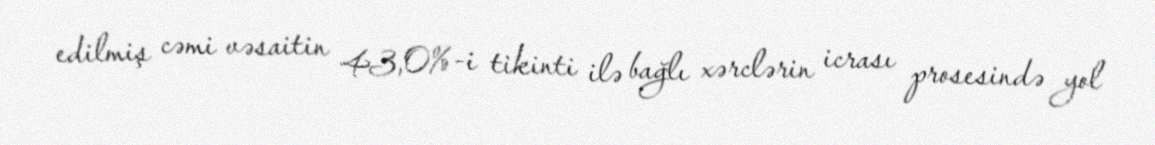
edilmiş cəmi vəsaitin 43,0%-i tikinti ilə bağlı xərclərin icrası prosesində yol